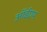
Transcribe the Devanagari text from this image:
ऑईएम